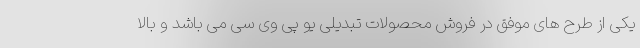
یکی از طرح های موفق در فروش محصولات تبدیلی یو پی وی سی می باشد و بالا